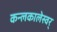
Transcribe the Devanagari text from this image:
कन्लकालेस्वर्